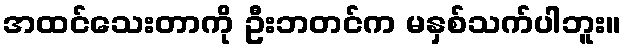
အထင်သေးတာကို ဦးဘတင်က မနှစ်သက်ပါဘူး။